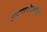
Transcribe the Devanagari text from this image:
तपासयंत्रणांची